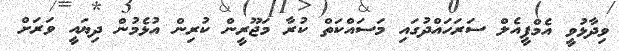
ވިދާޅުވީ އެމްޕީއެލް ސަރަހައްދުގައި މަސައްކަތް ކުރާ މަޖޫރީން ކުރިން އުޅެމުން ދިޔައީ ވަރަށް